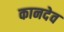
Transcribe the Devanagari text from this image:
कानदेव